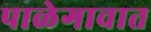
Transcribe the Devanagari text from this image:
पाळेगावात